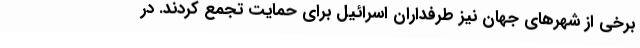
برخی از شهرهای جهان نیز طرفداران اسرائیل برای حمایت تجمع کردند. در